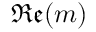
\mathfrak { R e } ( m )